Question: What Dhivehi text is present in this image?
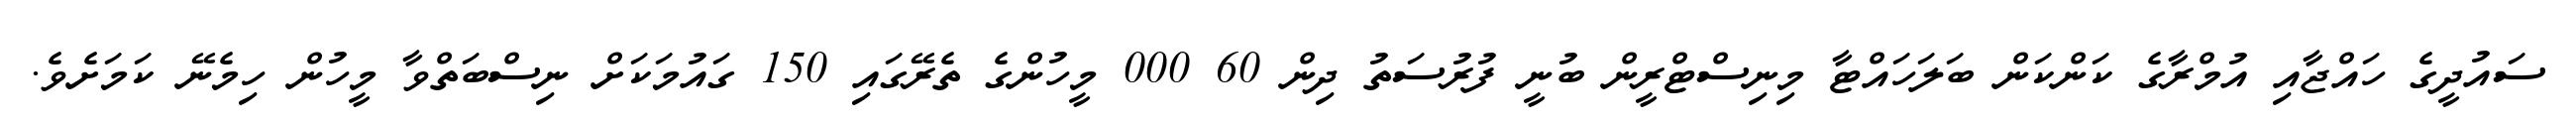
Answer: ސައުދީގެ ހައްޖާއި އުމްރާގެ ކަންކަން ބަލަހައްޓާ މިނިސްޓްރީން ބުނީ ފުރުސަތު ދިން 60 000 މީހުންގެ ތެރޭގައި 150 ގައުމަކަށް ނިސްބަތްވާ މީހުން ހިމެނޭ ކަމަށެވެ.